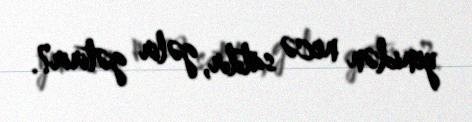
yenidən necə satılır, gəlir gətirir?.